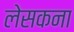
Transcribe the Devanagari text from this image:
लेसकना